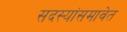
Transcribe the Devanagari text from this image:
सदस्यांसमावेत